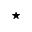
^ { \star }